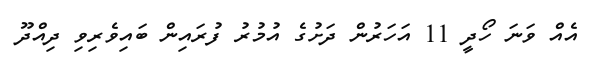
އެއް ވަނަ ހޯދީ 11 އަހަރުން ދަށުގެ އުމުރު ފުރައިން ބައިވެރިވި ދިއްދޫ